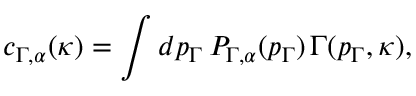
c _ { \Gamma , \alpha } ( \kappa ) = \int d p _ { \Gamma } \, { \cal P } _ { \Gamma , \alpha } ( p _ { \Gamma } ) \, \Gamma ( p _ { \Gamma } , \kappa ) ,